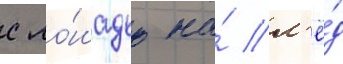
с ло́шадью на́ л'ё́д